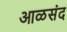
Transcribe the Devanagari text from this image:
आळसंद